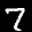
Label: 7